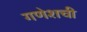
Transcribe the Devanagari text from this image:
गणेशची